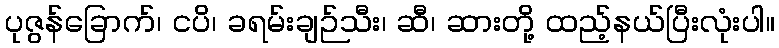
ပုဇွန်ခြောက်၊ ငပိ၊ ခရမ်းချဉ်သီး၊ ဆီ၊ ဆားတို့ ထည့်နယ်ပြီးလုံးပါ။